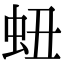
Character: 䖡